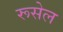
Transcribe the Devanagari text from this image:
रूसेल